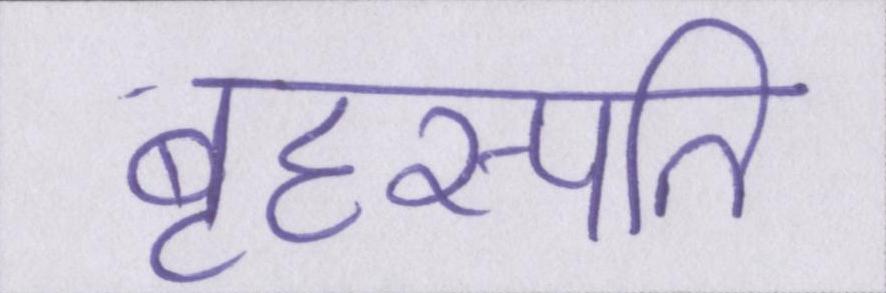
बृहस्पति